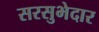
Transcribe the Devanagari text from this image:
सरसुभेदार